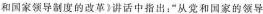
和国家领导制度的改革》讲话中指出：”从党和国家的领导